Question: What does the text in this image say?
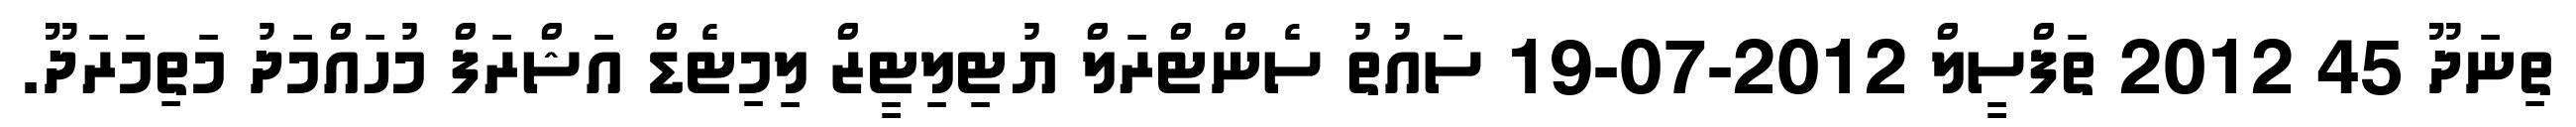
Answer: ތިނަދޫ 45 2012 ތަފްސީލް 2012-07-19 ސައުތު ސެންޓްރަލް ޔުޓިލިޓީޒް ލިމިޓެޑް އަޝްރަފް މުހައްމަދު މަތިމަރަދޫ.